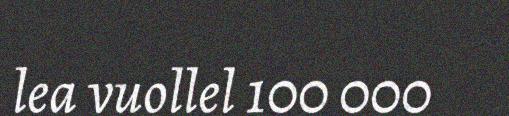
lea vuollel 100 000